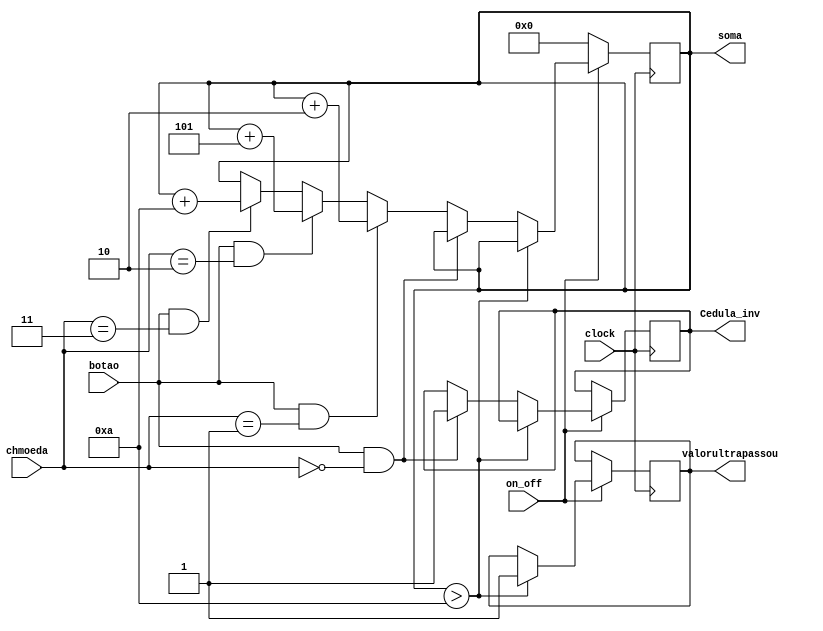
module SomadorMoeda (chmoeda, botao, soma, clock, Cedula_inv, valorultrapassou, on_off);

	input botao,clock, on_off;
	input [1:0] chmoeda;
	output reg [4:0] soma;
	output reg Cedula_inv, valorultrapassou;
	
	
	initial begin
		soma <= 5'b00000;
	end
	//
	
	always @ (posedge clock) begin
		if (on_off) begin
			if (soma > 5'b01010) begin
				valorultrapassou <= 1'b1;
			end
			else if (botao && chmoeda == 2'b00) begin
				Cedula_inv <= 1'b1;
			end
			else if (botao && chmoeda == 2'b01) begin
				soma <= soma + 5'b00010;
			end
			else if (botao && chmoeda == 2'b10) begin
				soma <= soma + 5'b00101;
			end
			else if (botao && chmoeda == 2'b11) begin
				soma <= soma + 5'b01010;
			end
		end
		else begin
			soma <= 5'b00000;
			end
		end
endmodule 



			/*if (soma > 5'b01010) begin
				soma <= 5'b00000;
			end
			else if (botao && ch2 == 1'b0 && ch1 == 1'b0) begin
				soma <= soma + 5'b00000;
			end
			else if (botao && ch2 == 1'b0 && ch1 == 1'b1) begin
				soma <= soma + 5'b00010;
			end
			else if (botao && ch2 == 1'b1 && ch1 == 1'b0) begin
				soma <= soma + 5'b00101;
			end
			else if (botao && ch2 == 1'b1 && ch1 == 1'b1) begin
				soma <= soma + 5'b01010;*/